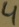
Text: 4